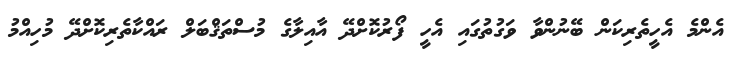
އެންމެ އެހީތެރިކަން ބޭނުންވާ ވަގުތުގައި އެހީ ފޯރުކޮށްދޭ އާއިލާގެ މުސްތަޤްބަލް ރައްކާތެރިކޮށްދޭ މުހިއްމު